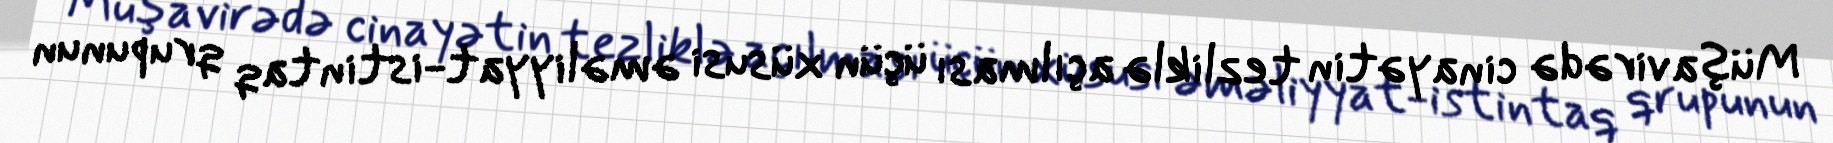
Müşavirədə cinayətin tezliklə açılması üçün xüsusi əməliyyat-istintaq qrupunun